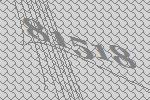
81518